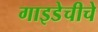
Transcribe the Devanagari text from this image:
गाइडेचीचे